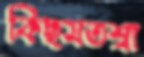
কিছমতশ্বা